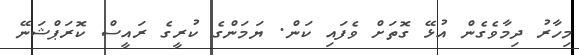
މިހާރު ދިމާވެގެން އުޅޭ ގޮތަށް ވެފައި ކަން. ޔަމަންގެ ކުރީގެ ރައީސް ކޮރަޕްޝަނޭ